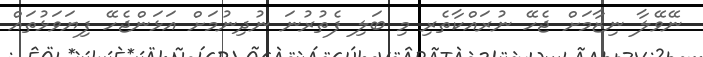
ނޭވޭލާ ނިޒާމަށް ޖެހޭ ނުރައްކާތެރި މި ބަލި ފެތުރުނަ ނުދިނުމަށް އަޅަންޖެހޭ ފިޔަވަޅުތައް